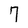
Character: 7